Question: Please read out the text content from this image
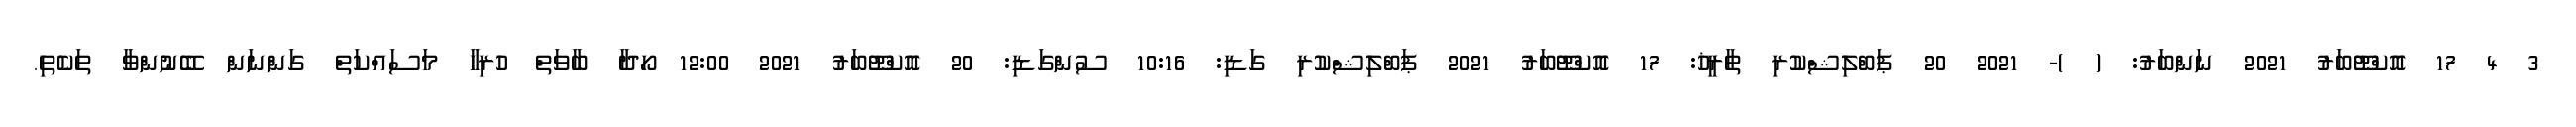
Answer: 3 4 17 އޮކްޓޫބަރު 2021 ނަންބަރު: ( )- 2021 20 ޕަބްލިޝްކުރި ތާރީޚު: 17 އޮކްޓޫބަރު 2021 ޕަބްލިޝްކުރި ގަޑި: 10:16 ސުންގަޑި: 20 އޮކްޓޫބަރު 2021 12:00 ހޯދާ ބާވަތް ހުރިހާ މަސައްކަތް ގަންނަން ބޭނުންވާ ތަކެތި.